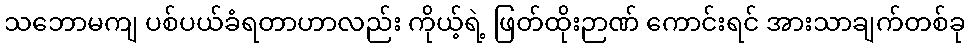
သဘောမကျ ပစ်ပယ်ခံရတာဟာလည်း ကိုယ့်ရဲ့ ဖြတ်ထိုးဉာဏ် ကောင်းရင် အားသာချက်တစ်ခု